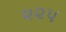
૨૨૫